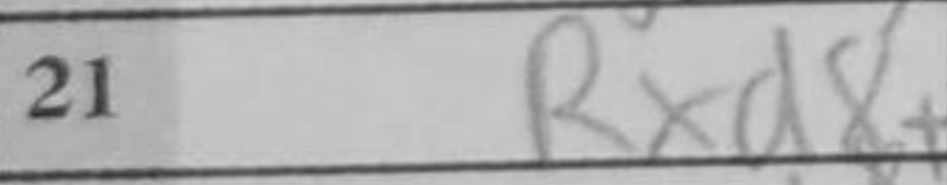
Transcription: Rxd8+